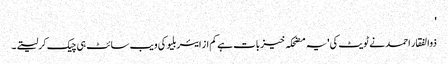
'
ذوالفقار احمد نے ٹویٹ کی 'یہ مضحکہ خیز بات ہے کم از ایئربلیو کی ویب سائٹ ہی چیک کرلیتے۔